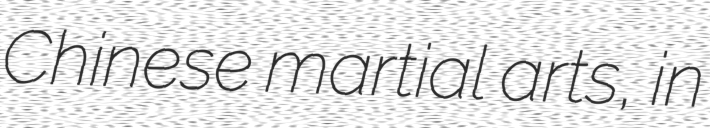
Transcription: Chinese martial arts, in